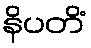
နိပတိံ